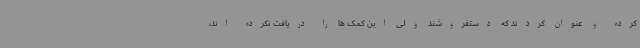
کرده و عنوان کردند که دستفروشند ولی این کمک ها را دریافت نکرده اند،